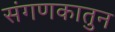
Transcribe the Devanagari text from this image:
संगणकातुन